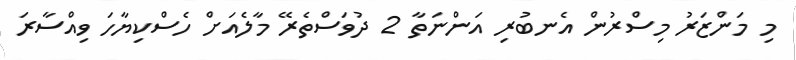
މި މަންޒަރު މިސްރުން އެނބުރި އަންނަތާ 2 ދުވަސްތެރޭ މާލެއަށް ހެސްކިޔާހަ ވިއްސާރަ